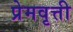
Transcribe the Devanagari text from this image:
प्रेमवृत्ती